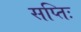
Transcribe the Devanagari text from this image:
सप्तिः